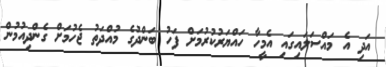
އަދި އެ މައްސަލައިގައި އެމީހާ ހައްޔަރުކުރުމަށް ފަހު ބަންދުގެ މުއްދަތު ޖެހުމަށް ގެންދިއުމުން